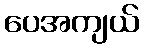
ပေအကျယ်